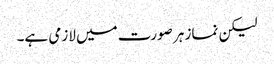
لیکن نماز ہر صورت میں لازمی ہے۔